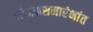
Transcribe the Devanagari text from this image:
भोजनसमारंभांत